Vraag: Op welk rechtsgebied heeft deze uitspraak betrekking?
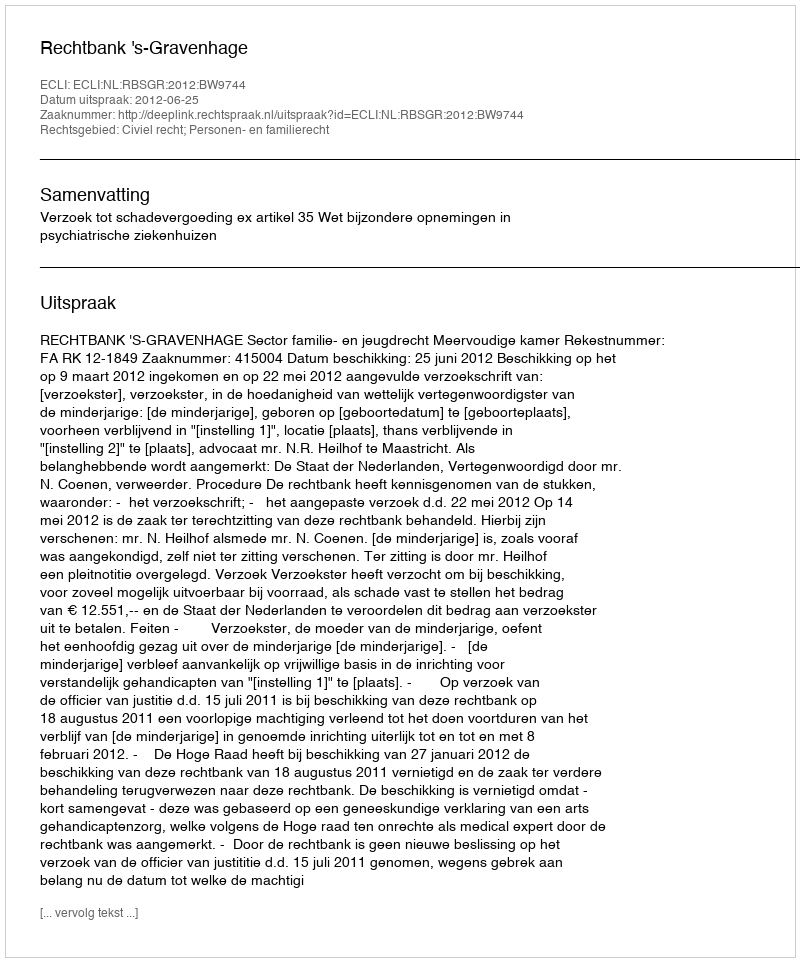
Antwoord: Civiel recht; Personen- en familierecht